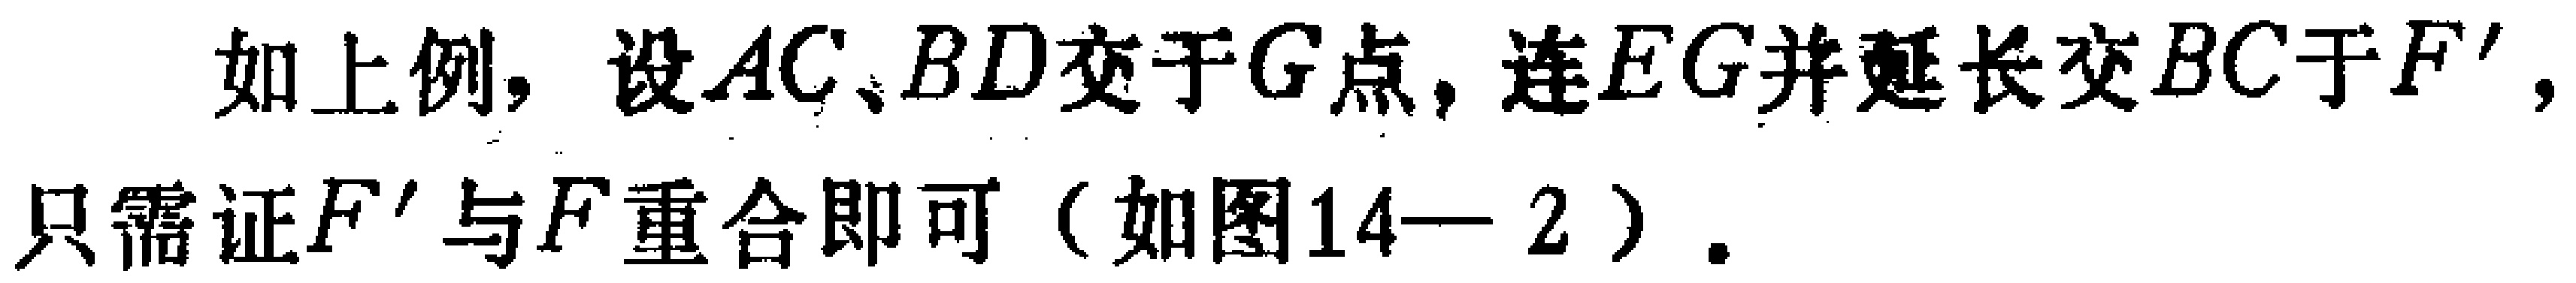
如上例，设\(AC、BD\)交于\(G\)点，连\(EG\)并延长交\(BC\)于\(F'\)，只需证\(F'\)与\(F\)重合即可（如图14—2）。